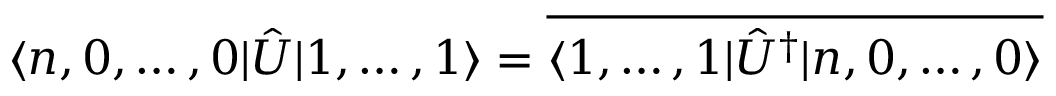
\langle n , 0 , \dots , 0 | \hat { U } | 1 , \dots , 1 \rangle = \overline { { \langle 1 , \dots , 1 | \hat { U } ^ { \dag } | n , 0 , \dots , 0 \rangle } }